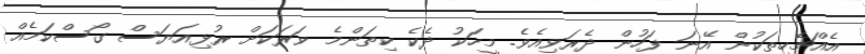
އެއްޗެހިތަކުން އޭނަ ފަހުން ދެރަވިއެވެ. މީހަކު ދެކެ ކިތަންމެ ވަރަކަށް ރުޅިއަޔަސް ގޯސްކަމެއް